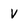
Character: V